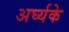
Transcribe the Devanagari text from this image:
अर्घ्यके